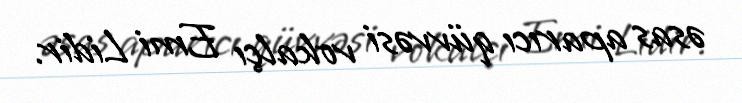
əsas aparıcı qüvvəsi vokalçı Emi Lidir.